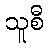
သူစီ